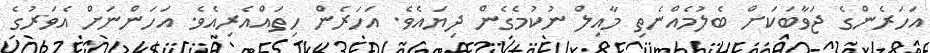
އަހަރެންގެ ޖަވާބަކަށް ބެލުމެއްނެތި މާއިލް ނުކުމެގެން ދިޔައެވެ. އަހަރެން ހިތައްއެރިއެވެ. އަހަންނަށް އެވަރުގެ